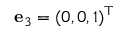
{ \mathbf e } _ { 3 } = ( 0 , 0 , 1 ) ^ { \top }